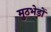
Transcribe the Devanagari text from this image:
मुठभेडों